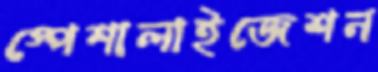
স্পেশালাইজেশন